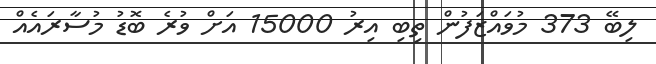
ލިބޭ 373 މުވައްޒަފުން ތިބި އިރު 15000 އަށް ވުރެ ބޮޑު މުސާރައެއް